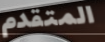
المتقدم